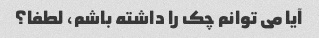
آیا می توانم چک را داشته باشم، لطفا؟